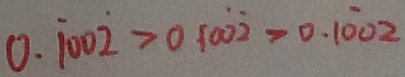
0 . \dot { 1 } 0 0 \dot { 2 } > 0 . 1 0 \dot { 0 } \dot { 2 } > 0 . 1 \dot { 0 } 0 2